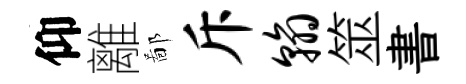
仰離鄙斥翰筮書